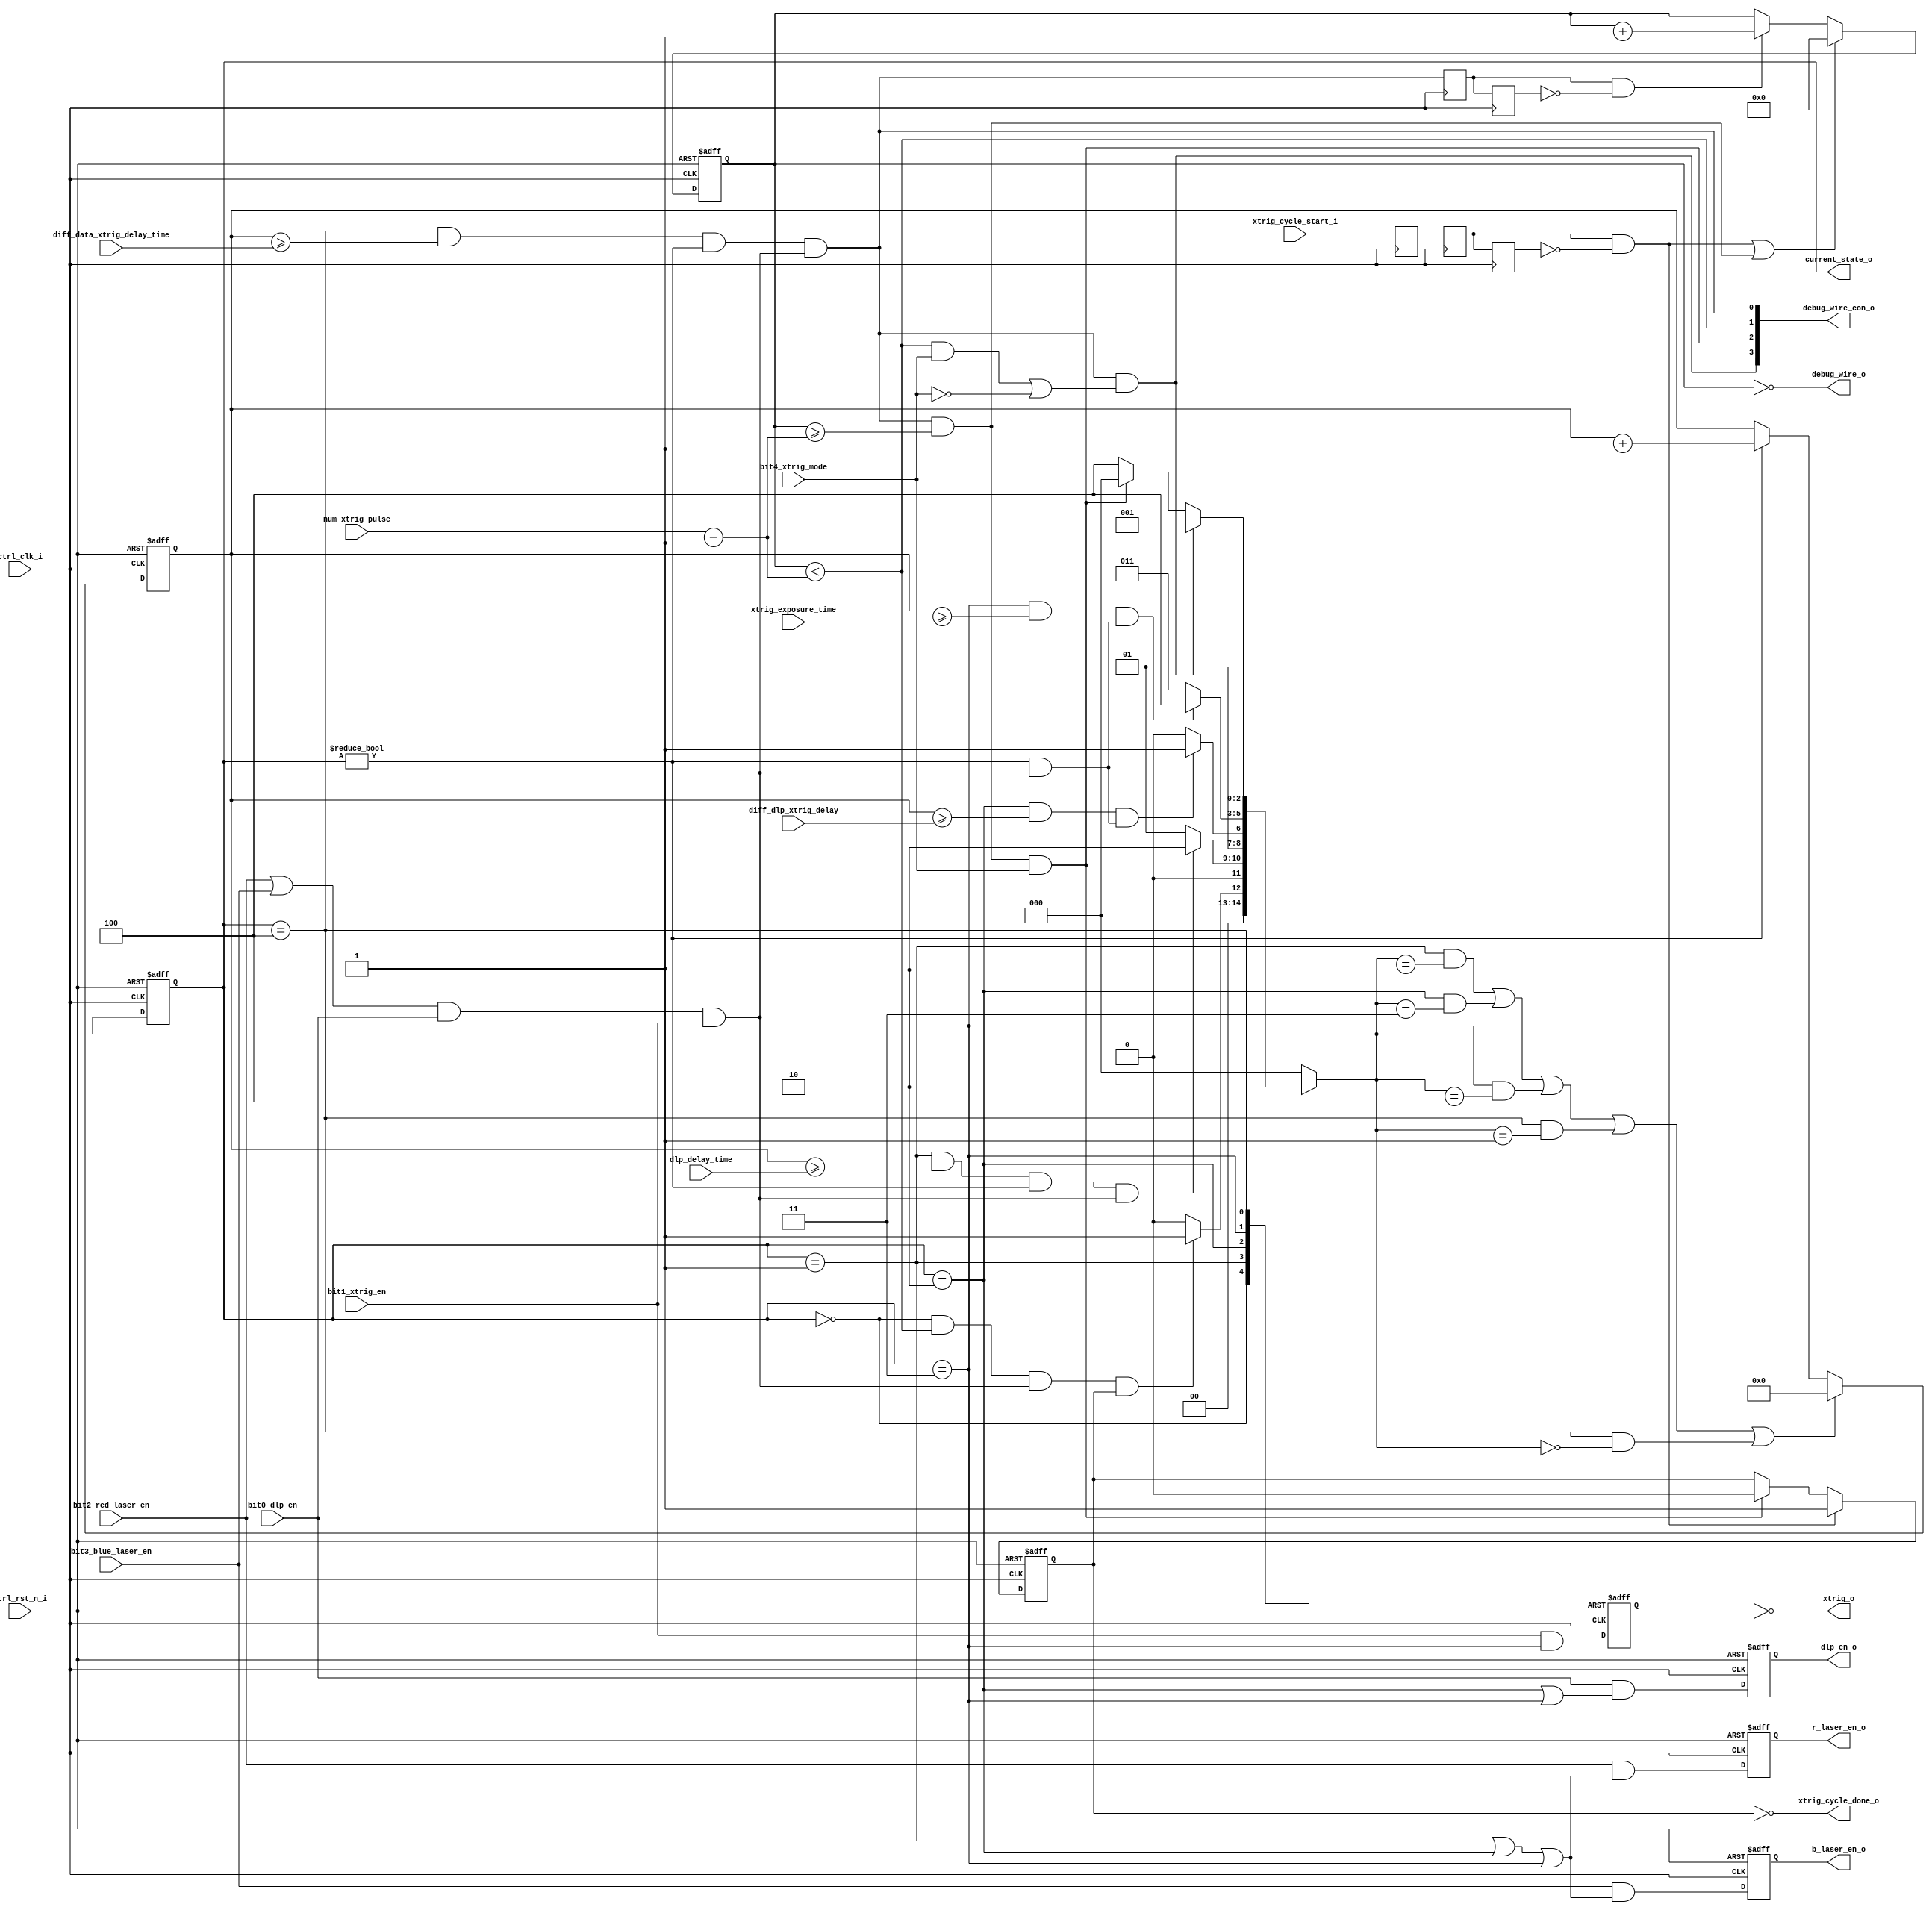
// =============================================================================
// DEPARTMENT	: EBOTS 
// DATE			: 
// =============================================================================
// DESCRIPTION	: LASER/DLP/XTRIG Controller 
// =============================================================================
// REVISION HISTORY	:
//	v1.0			: Initial version release
// =============================================================================
// PARAMETERS	:
// =============================================================================
// I/O PORTS	:	
//		Input	: CLK, RST_N
//		Output: R_LASER_EN, B_LASER_EN, DLP_EN, XTRIG
// =============================================================================

`timescale 1ps / 1ps
`default_nettype none

module laser_dlp_xtrig_controller 
(
	
	// input
	input	wire										ctrl_clk_i,
	input	wire										ctrl_rst_n_i,
	// control
	input wire 										xtrig_cycle_start_i,
	
	// input configuration
	input wire										bit0_dlp_en,	
	input wire										bit1_xtrig_en,		
	input wire										bit2_red_laser_en,		
	input wire										bit3_blue_laser_en,		
	input wire										bit4_xtrig_mode,
	
	input wire [7:0]								num_xtrig_pulse,	
	
	input wire [15:0]								dlp_delay_time,		
	input wire [15:0]								diff_dlp_xtrig_delay,
	
	input wire [15:0]								xtrig_exposure_time,		
	input wire [15:0]								diff_data_xtrig_delay_time,
	
	// output	
	output wire										b_laser_en_o,
	output wire										r_laser_en_o,
	output wire										dlp_en_o,
	output wire										xtrig_o,
	
	// status
	output wire 									xtrig_cycle_done_o, 
		
	// debug
	output wire [2:0]								current_state_o,
	output wire 									debug_wire_o,
	output wire [3:0]								debug_wire_con_o
);


	// =============================================================================
	// REG/WIRE DECLARATION
	// =============================================================================
	localparam	STATE0 = 3'b000;
	localparam 	STATE1 = 3'b001;
	localparam 	STATE2 = 3'b010;
	localparam 	STATE3 = 3'b011;
	localparam 	STATE4 = 3'b100;
	
	localparam 	COUNTER_ZERO = 16'b0;
	
	// counter delay
	reg[15:0]	timeout_count_ff;
	wire			timeout_count_reset;
	wire			timeout_count_enable;

	reg[2:0]		current_state;
	reg[2:0]		next_state;
	
	// output buffer register
	reg			b_laser_en;
	reg			r_laser_en;
	reg			dlp_en;
	reg			xtrig;

	reg 			xtrig_cycle_done; 
	reg[7:0]		sm_num_xtrig_pulse;

	reg 			xtrig_cycle_start_sync;		
	reg 			xtrig_cycle_start_sync1;		
	reg 			xtrig_cycle_start_sync2;		
	wire 			xtrig_cycle_start_rising_edge;
	
//	wire 			sm_num_xtrig_pulse_cnt; 
	wire 			sm_num_xtrig_pulse_reset; 
	wire 			state_0_to_1; 
	wire 			state_1_to_2; 
	wire 			state_2_to_3; 
	wire 			state_3_to_4; 
	wire 			state_4_to_0; 
	wire 			state_4_to_1; 
	wire			state_4_to_x; 
	wire 			trans_common_conditions;
	wire 			con_check;
	
	reg 			state_4_to_x_sync; 
	reg			state_4_to_x_sync1;
	wire			state_4_to_x_rising_edge;
	// =============================================================================
	// INITIALIZATION
	// =============================================================================

	initial begin
		// state machine
		current_state 						<= STATE0;
		next_state							<= STATE0;	
		// counter
		timeout_count_ff 					<= COUNTER_ZERO;
		// reg output
		b_laser_en							<= 1'b0;
		r_laser_en							<= 1'b0;
		dlp_en								<= 1'b0;
		xtrig									<= 1'b0;
		// status reg
		xtrig_cycle_done 					<= 1'b0;		// set to 0: done and waiting for start pulse
		sm_num_xtrig_pulse 				<= 8'b0;
		xtrig_cycle_start_sync			<= 1'b0;
		xtrig_cycle_start_sync1			<= 1'b0;
		xtrig_cycle_start_sync2			<= 1'b0;
		state_4_to_x_sync					<= 1'b0;
		state_4_to_x_sync1 				<= 1'b0;
	end
	

	
	// =============================================================================
	// LASER - DLP - XTRIG State machine
	// =============================================================================
	
	// trans_common_conditions assignment
	assign trans_common_conditions = (bit2_red_laser_en || bit3_blue_laser_en) && (bit0_dlp_en) && (bit1_xtrig_en);
	
	// transition conditions
	assign state_0_to_1 = (current_state == STATE0) && ( sm_num_xtrig_pulse < (num_xtrig_pulse-8'b1)) && trans_common_conditions && (xtrig_cycle_done == 1'b1);
	assign state_1_to_2 = (current_state == STATE1) && ( timeout_count_ff >= dlp_delay_time ) &&  timeout_count_enable && trans_common_conditions;
	assign state_2_to_3 = (current_state == STATE2) && ( timeout_count_ff >= diff_dlp_xtrig_delay ) &&  timeout_count_enable & trans_common_conditions; 
	assign state_3_to_4 = (current_state == STATE3) && ( timeout_count_ff >= xtrig_exposure_time ) &&  timeout_count_enable & trans_common_conditions;
	
	assign state_4_to_x = (current_state == STATE4) && ( timeout_count_ff >= diff_data_xtrig_delay_time ) &&  timeout_count_enable && trans_common_conditions; 
	assign state_4_to_0 = state_4_to_x && (sm_num_xtrig_pulse >= (num_xtrig_pulse-8'b1)) && (bit4_xtrig_mode == 1'b1);	// one cycle mode 
	assign state_4_to_1 = state_4_to_x && (((sm_num_xtrig_pulse < (num_xtrig_pulse-8'b1)) && (bit4_xtrig_mode == 1'b1)) || (bit4_xtrig_mode == 1'b0));

	// ---------------------------------------------------------------------
	// state_4_to_x rising edge detector
	// ---------------------------------------------------------------------
	always @(posedge ctrl_clk_i) begin 
		state_4_to_x_sync 	<= state_4_to_x;
		state_4_to_x_sync1 	<= state_4_to_x_sync;
	end
	assign state_4_to_x_rising_edge = (state_4_to_x_sync && !state_4_to_x_sync1);

	
	// ---------------------------------------------------------------------
	// xtrig_cycle_start_i rising edge detector
	// ---------------------------------------------------------------------
	always @(posedge ctrl_clk_i) begin 
		xtrig_cycle_start_sync 		<= xtrig_cycle_start_i;
		xtrig_cycle_start_sync1 	<= xtrig_cycle_start_sync;
		xtrig_cycle_start_sync2 	<= xtrig_cycle_start_sync1;
	end
	assign xtrig_cycle_start_rising_edge = (xtrig_cycle_start_sync1 && !xtrig_cycle_start_sync2);
	
	// ---------------------------------------------------------------------
	// XTRIG CYCLE DONE
	// ---------------------------------------------------------------------
	always @(posedge ctrl_clk_i or negedge ctrl_rst_n_i ) begin
		if ( !ctrl_rst_n_i) begin
			xtrig_cycle_done <= 1'b0;		// reset 
		end
				
		else if (xtrig_cycle_start_rising_edge) begin
			xtrig_cycle_done <= 1'b1;		// reset
		end
		
		else if (state_4_to_0) begin
			xtrig_cycle_done <= 1'b0;
		end
	end	
	
	// ---------------------------------------------------------------------
	// TRANSITION TABLE
	// ---------------------------------------------------------------------
	always @(posedge ctrl_clk_i or negedge ctrl_rst_n_i) begin
		if ( !ctrl_rst_n_i ) begin
			current_state <= STATE0;
		end 
		else begin
			current_state <= next_state;
		end
	end
	
	always @( * ) begin
		
		case ( current_state ) 
		
			STATE0 :
				begin
					// Transition condition [1]
					if (state_0_to_1) begin
						next_state <= STATE1;
					end
					else begin
						next_state <= STATE0;
					end	
				end
				
			STATE1 : 
				begin
					// Transition condition [2]
					if (state_1_to_2) begin
						next_state <= STATE2;
					end
					else begin
						next_state <= STATE1;
					end
				end
				
			STATE2 : 
				begin
					// Transition condition [3]
					if (state_2_to_3) begin
						next_state <= STATE3;
					end
					else begin
						next_state <= STATE2;
					end
				end
		
			STATE3 : 
				begin
					// Transition condition [4]
					if (state_3_to_4) begin
						next_state <= STATE4;
					end
					else begin
						next_state <= STATE3;
					end
				end
		
			STATE4 : 
				begin
					
					if (state_4_to_1) 
						begin
							// Transition condition [5]
							next_state <= STATE1;	
						end
					else if (state_4_to_0)  
						begin	
							// Transition condition [6]
							next_state <= STATE0;
						end
					else 
						begin 
							next_state <= STATE4;
						end
				end
				
			default: 
				next_state <= STATE0;
		endcase
	end

	// =============================================================================
	// DEBUGGING and STATUS - LASER - DLP - XTRIG State machine
	// =============================================================================
	// debug_wire_o
	
	assign debug_wire_o 		= (sm_num_xtrig_pulse == 8'b0);
	assign con_check			= (sm_num_xtrig_pulse < (num_xtrig_pulse-8'b1));
	assign debug_wire_con_o = {state_4_to_1, state_4_to_0, con_check, state_4_to_x};
		
	assign current_state_o 	= current_state;
	

	
	// xtrig_cycle_done_o
	assign xtrig_cycle_done_o = ~xtrig_cycle_done;
	
	// b_laser_en_o
	always @(posedge ctrl_clk_i or negedge ctrl_rst_n_i) begin
		if ( !ctrl_rst_n_i ) begin
			b_laser_en <= 1'b0;
		end 
		else begin
			// only enable when bit3_blue_laser_en is 1
			b_laser_en <= (bit3_blue_laser_en) & (( current_state == STATE1 ) | ( current_state == STATE2 ) | ( current_state == STATE3 ));
		end
	end
	
	assign b_laser_en_o = b_laser_en;
	
	
	// r_laser_en_o
	always @(posedge ctrl_clk_i or negedge ctrl_rst_n_i) begin
		if ( !ctrl_rst_n_i ) begin
			r_laser_en <= 1'b0;
		end 
		else begin
			// only enable when bit3_blue_laser_en is 1
			r_laser_en <= (bit2_red_laser_en) & (( current_state == STATE1 ) | ( current_state == STATE2 ) | ( current_state == STATE3 ));
		end
	end
	
	assign r_laser_en_o = r_laser_en;	
	
	// dlp_en_o
	always @(posedge ctrl_clk_i or negedge ctrl_rst_n_i) begin
		if ( !ctrl_rst_n_i ) begin
			dlp_en <= 1'b0;
		end 
		else begin
			// only enable when bit3_blue_laser_en is 1
			dlp_en <= (bit0_dlp_en) & (( current_state == STATE2 ) | ( current_state == STATE3 ));
		end
	end
	
	assign dlp_en_o = dlp_en;
	
	// xtrig_o
	always @(posedge ctrl_clk_i or negedge ctrl_rst_n_i) begin
		if ( !ctrl_rst_n_i ) begin
			xtrig <= 1'b0;
		end 
		else begin
			// only enable when bit3_blue_laser_en is 1
			xtrig <= (bit1_xtrig_en) & ( current_state == STATE3 );
		end
	end
	
	assign xtrig_o = ~xtrig;	
	
	
	// ---------------------------------------------------------------------
	// SM XTRIG PULSE Counter
	// ---------------------------------------------------------------------
	
	always @(posedge ctrl_clk_i or negedge ctrl_rst_n_i)
	begin 
		if (!ctrl_rst_n_i) begin
			sm_num_xtrig_pulse <= 8'b0;
		end 
		else if (xtrig_cycle_start_rising_edge || sm_num_xtrig_pulse_reset) begin
			sm_num_xtrig_pulse <= 8'b0;
		end
		else if (state_4_to_x_rising_edge) begin
			sm_num_xtrig_pulse <= sm_num_xtrig_pulse + 8'b1;
		end
	end
	
	//assign sm_num_xtrig_pulse_cnt   = state_4_to_x;
	assign sm_num_xtrig_pulse_reset = state_4_to_x && ( sm_num_xtrig_pulse >= (num_xtrig_pulse-8'b1)); 
	
	// ---------------------------------------------------------------------
	// Timeout Counter
	// ---------------------------------------------------------------------
	
	always @(posedge ctrl_clk_i or negedge ctrl_rst_n_i) begin
		if (!ctrl_rst_n_i) begin
			timeout_count_ff <= 16'b0;
		end 
		else begin
			if (timeout_count_reset) begin
				timeout_count_ff <= 16'b0;
			end
			else if (timeout_count_enable) begin
					timeout_count_ff <= timeout_count_ff + 16'b1;
			end
		end
	end
	
	assign timeout_count_reset = ( ( ( current_state == STATE1 ) & ( next_state == STATE2 ) )
										|	 ( ( current_state == STATE2 ) & ( next_state == STATE3 ) )
										|	 ( ( current_state == STATE3 ) & ( next_state == STATE4 ) )
										|   ( ( current_state == STATE4 ) & ( next_state == STATE1 ) )
										|   ( ( current_state == STATE4 ) & ( next_state == STATE0 ) )	);
	
	assign timeout_count_enable = (current_state != STATE0);	// stop timeout counter if current state is DISABLE or STATE0
	
endmodule
`default_nettype wire